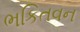
ભકિતવન